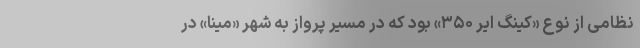
نظامی از نوع «کینگ ایر ۳۵۰» بود که در مسیر پرواز به شهر «مینا» در